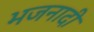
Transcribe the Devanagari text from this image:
भजनादी